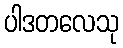
ပါဒတလေသု